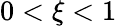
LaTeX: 0<\xi<1